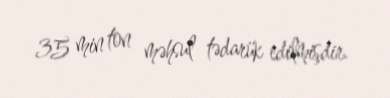
35 min ton məhsul tədarük edilmişdir.